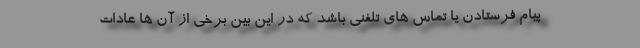
پیام فرستادن یا تماس های تلفنی باشد که در این بین برخی از آن ها عادات